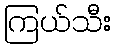
ကြယ်သီး